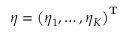
\boldsymbol { \eta } = \left( \eta _ { 1 } , \dots , \eta _ { K } \right) ^ { \mathrm { T } }